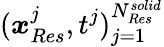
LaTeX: (\boldsymbol{x}_{Res}^{j},t^{j})_{j=1}^{N_{Res}^{solid}}